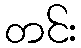
တင်း